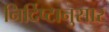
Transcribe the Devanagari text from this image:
निर्दिष्टानुसार